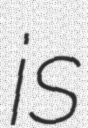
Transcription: is